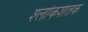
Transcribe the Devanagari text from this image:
श्लोकशतक